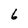
Character: 6